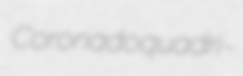
Coronado quadri-